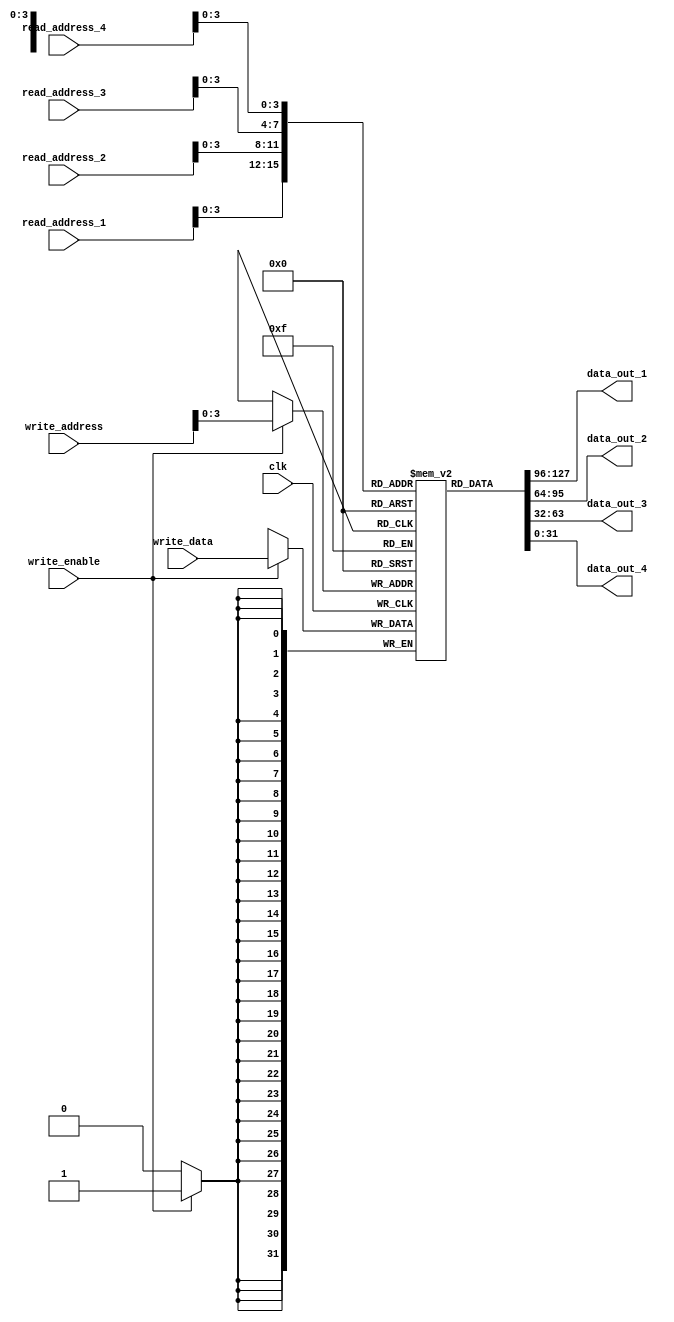
module register_file (
    input  [31:0] read_address_1,
    input  [31:0] read_address_2,
    input  [31:0] read_address_3,
    input  [31:0] read_address_4,
    input  [31:0] write_address,
    input  [31:0] write_data,
    input         write_enable,
    input         clk,
    output reg [31:0] data_out_1,
    output reg [31:0] data_out_2,
    output reg [31:0] data_out_3,
    output reg [31:0] data_out_4
);

reg [31:0] registers [0:15];

always @ (posedge clk) begin
    if (write_enable) begin
        registers[write_address] <= write_data;
    end
end

assign data_out_1 = registers[read_address_1];
assign data_out_2 = registers[read_address_2];
assign data_out_3 = registers[read_address_3];
assign data_out_4 = registers[read_address_4];

endmodule